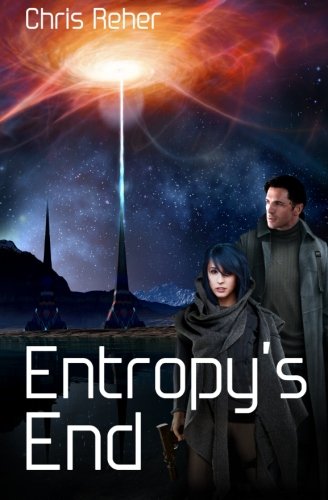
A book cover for Entropy's End (Targon Tales - Sethran) (Volume 3); Chris Reher; Science Fiction & Fantasy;